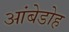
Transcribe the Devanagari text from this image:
आंबेडोह